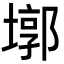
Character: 墎